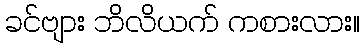
ခင်ဗျား ဘိလိယက် ကစားလား။